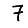
Digit: 7